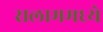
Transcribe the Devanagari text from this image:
सलाममध्ये